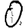
Digit: 0